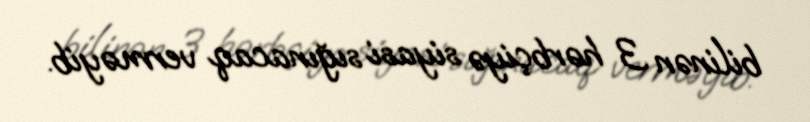
bilinən 3 hərbçiyə siyasi sığınacaq verməyib.